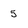
Character: 5